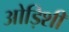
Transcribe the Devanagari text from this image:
ओड़िशी